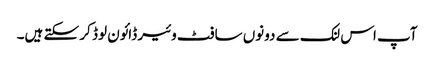
آپ اس لنک سے دونوں سافٹ وئیر ڈائون لوڈ کر سکتے ہیں۔